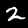
Digit: 2